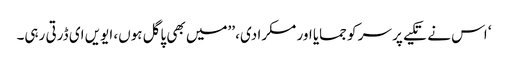
‘ اس نے تکیے پر سر کو جمایا اور مسکرا دی، ’’میں بھی پاگل ہوں، ایویں ای ڈرتی رہی۔